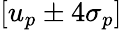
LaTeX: [u_{p}\pm 4\sigma_{p}]